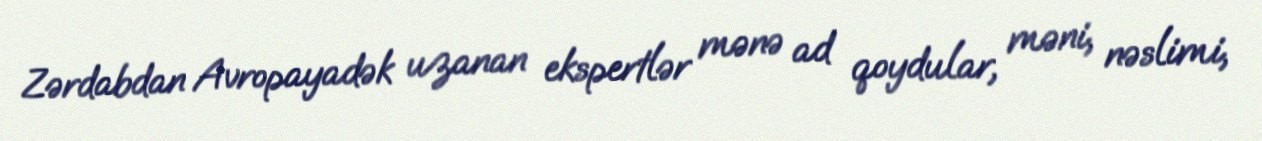
Zərdabdan Avropayadək uzanan ekspertlər mənə ad qoydular, məni, nəslimi,